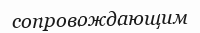
сопровождающим